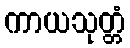
ကာယသုတ္တံ